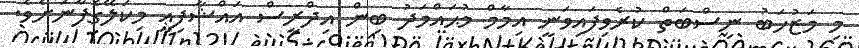
މި މަޒުހަބު ނިސްބަތް ކުރެވިފައިވަނީ އިމާމް މުޙައްމަދު ބިން އިދްރީސް އައްޝާފިޢީ މިކަލޭގެފާނަށެވެ.